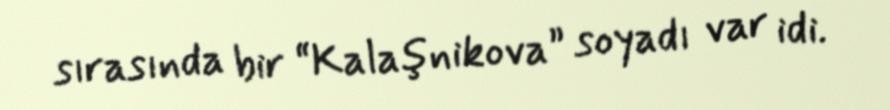
sırasında bir “Kalaşnikova” soyadı var idi.